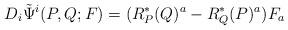
LaTeX: \begin{align*}D_i \tilde\Psi^i(P,Q;F) = (R_P^*(Q)^a - R_Q^*(P)^a)F_a\end{align*}